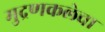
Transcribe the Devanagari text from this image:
मुद्रणकलेचा